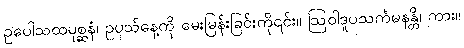
ဥပေါသထပုစ္ဆနံ၊ ဥပုသ်နေ့ကို မေးမြန်းခြင်းကို၎င်း။ ဩဝါဒူပသင်္ကမနန္တိ၊ ကား။